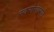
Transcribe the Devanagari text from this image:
स्वरांसारखे